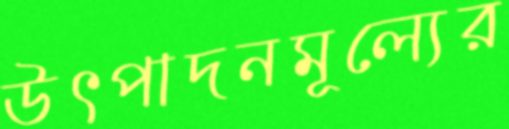
উৎপাদনমূল্যের